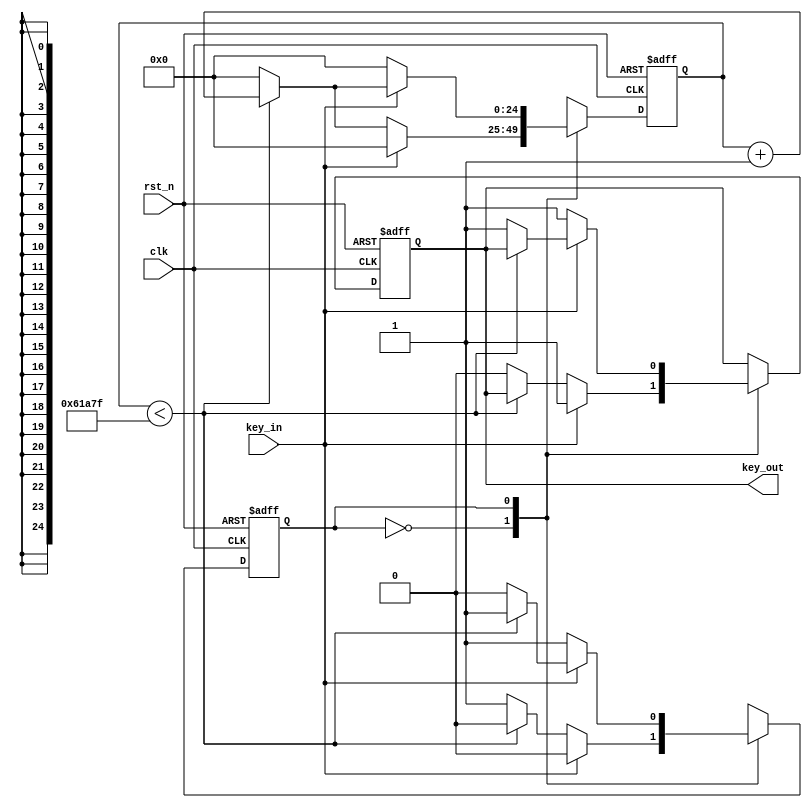
module filter_v2(clk, rst_n, key_in, key_out);

	input clk;				//50MHZ
	input rst_n;			//
	input key_in;			//

	output reg key_out;		//
	
	reg state;				//
	reg [24:0] count;		//20ms

	
	parameter cnt_num = 40_000_000 / 50 /2 - 1;  //20ms  
	// parameter cnt_num = 5;
	
	always @ (posedge clk or negedge rst_n)
	begin
		if(!rst_n)      //reg
			begin
				state <= 0;
				count <= 25'd0;
				key_out <= 1;
			end	
		else	
			begin
				case(state)		//01
					0	:	begin
								if(!key_in)
									begin
										if(count < cnt_num)
											begin
												count <= count + 1;
												
												state <= 0;
											end
										else
											begin
												count <= 0;
												key_out <= 0;   //
												state <= 1;
											end
									end
								else
									begin
										state <= 0;
										count <= 25'd0;
										key_out <= 1;
									end
							end
							
					1	:	begin
								
								if(key_in)
									begin
										if(count < cnt_num)
											begin
												count <= count + 1;
												state <= 1;
												// flag <= 0;
											end	
										else
											begin
												count <= 0;
												key_out <= 1;
												state <= 0;
											end
									end
								else
									begin
										count <= 0;
										key_out <= 1;
										state <= 1;
									end
							end
						default	:	state <= 0;
				endcase
			end
	end
	

endmodule